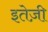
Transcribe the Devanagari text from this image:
इतेज़ी